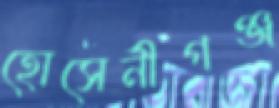
হোসেনীগঞ্জ